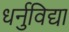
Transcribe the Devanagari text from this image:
धर्नुविद्या